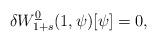
LaTeX: \begin{align*} \delta W^{\underline{0}}_{1+s}(1,\psi)[\psi]=0,\end{align*}